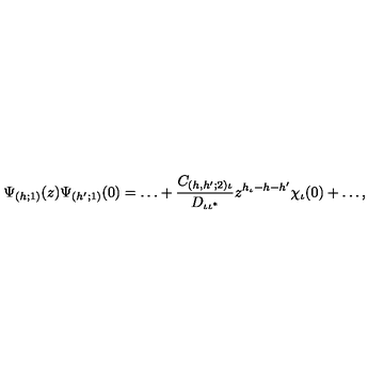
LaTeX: \Psi _ { ( h ; 1 ) } ( z ) \Psi _ { ( h ^ { \prime } ; 1 ) } ( 0 ) = \ldots + \frac { C _ { ( h , h ^ { \prime } ; 2 ) \iota } } { D _ { \iota \iota ^ { * } } } z ^ { h _ { \iota } - h - h ^ { \prime } } \chi _ { \iota } ( 0 ) + \ldots ,